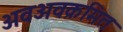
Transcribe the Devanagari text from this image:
अवअवक्रमित